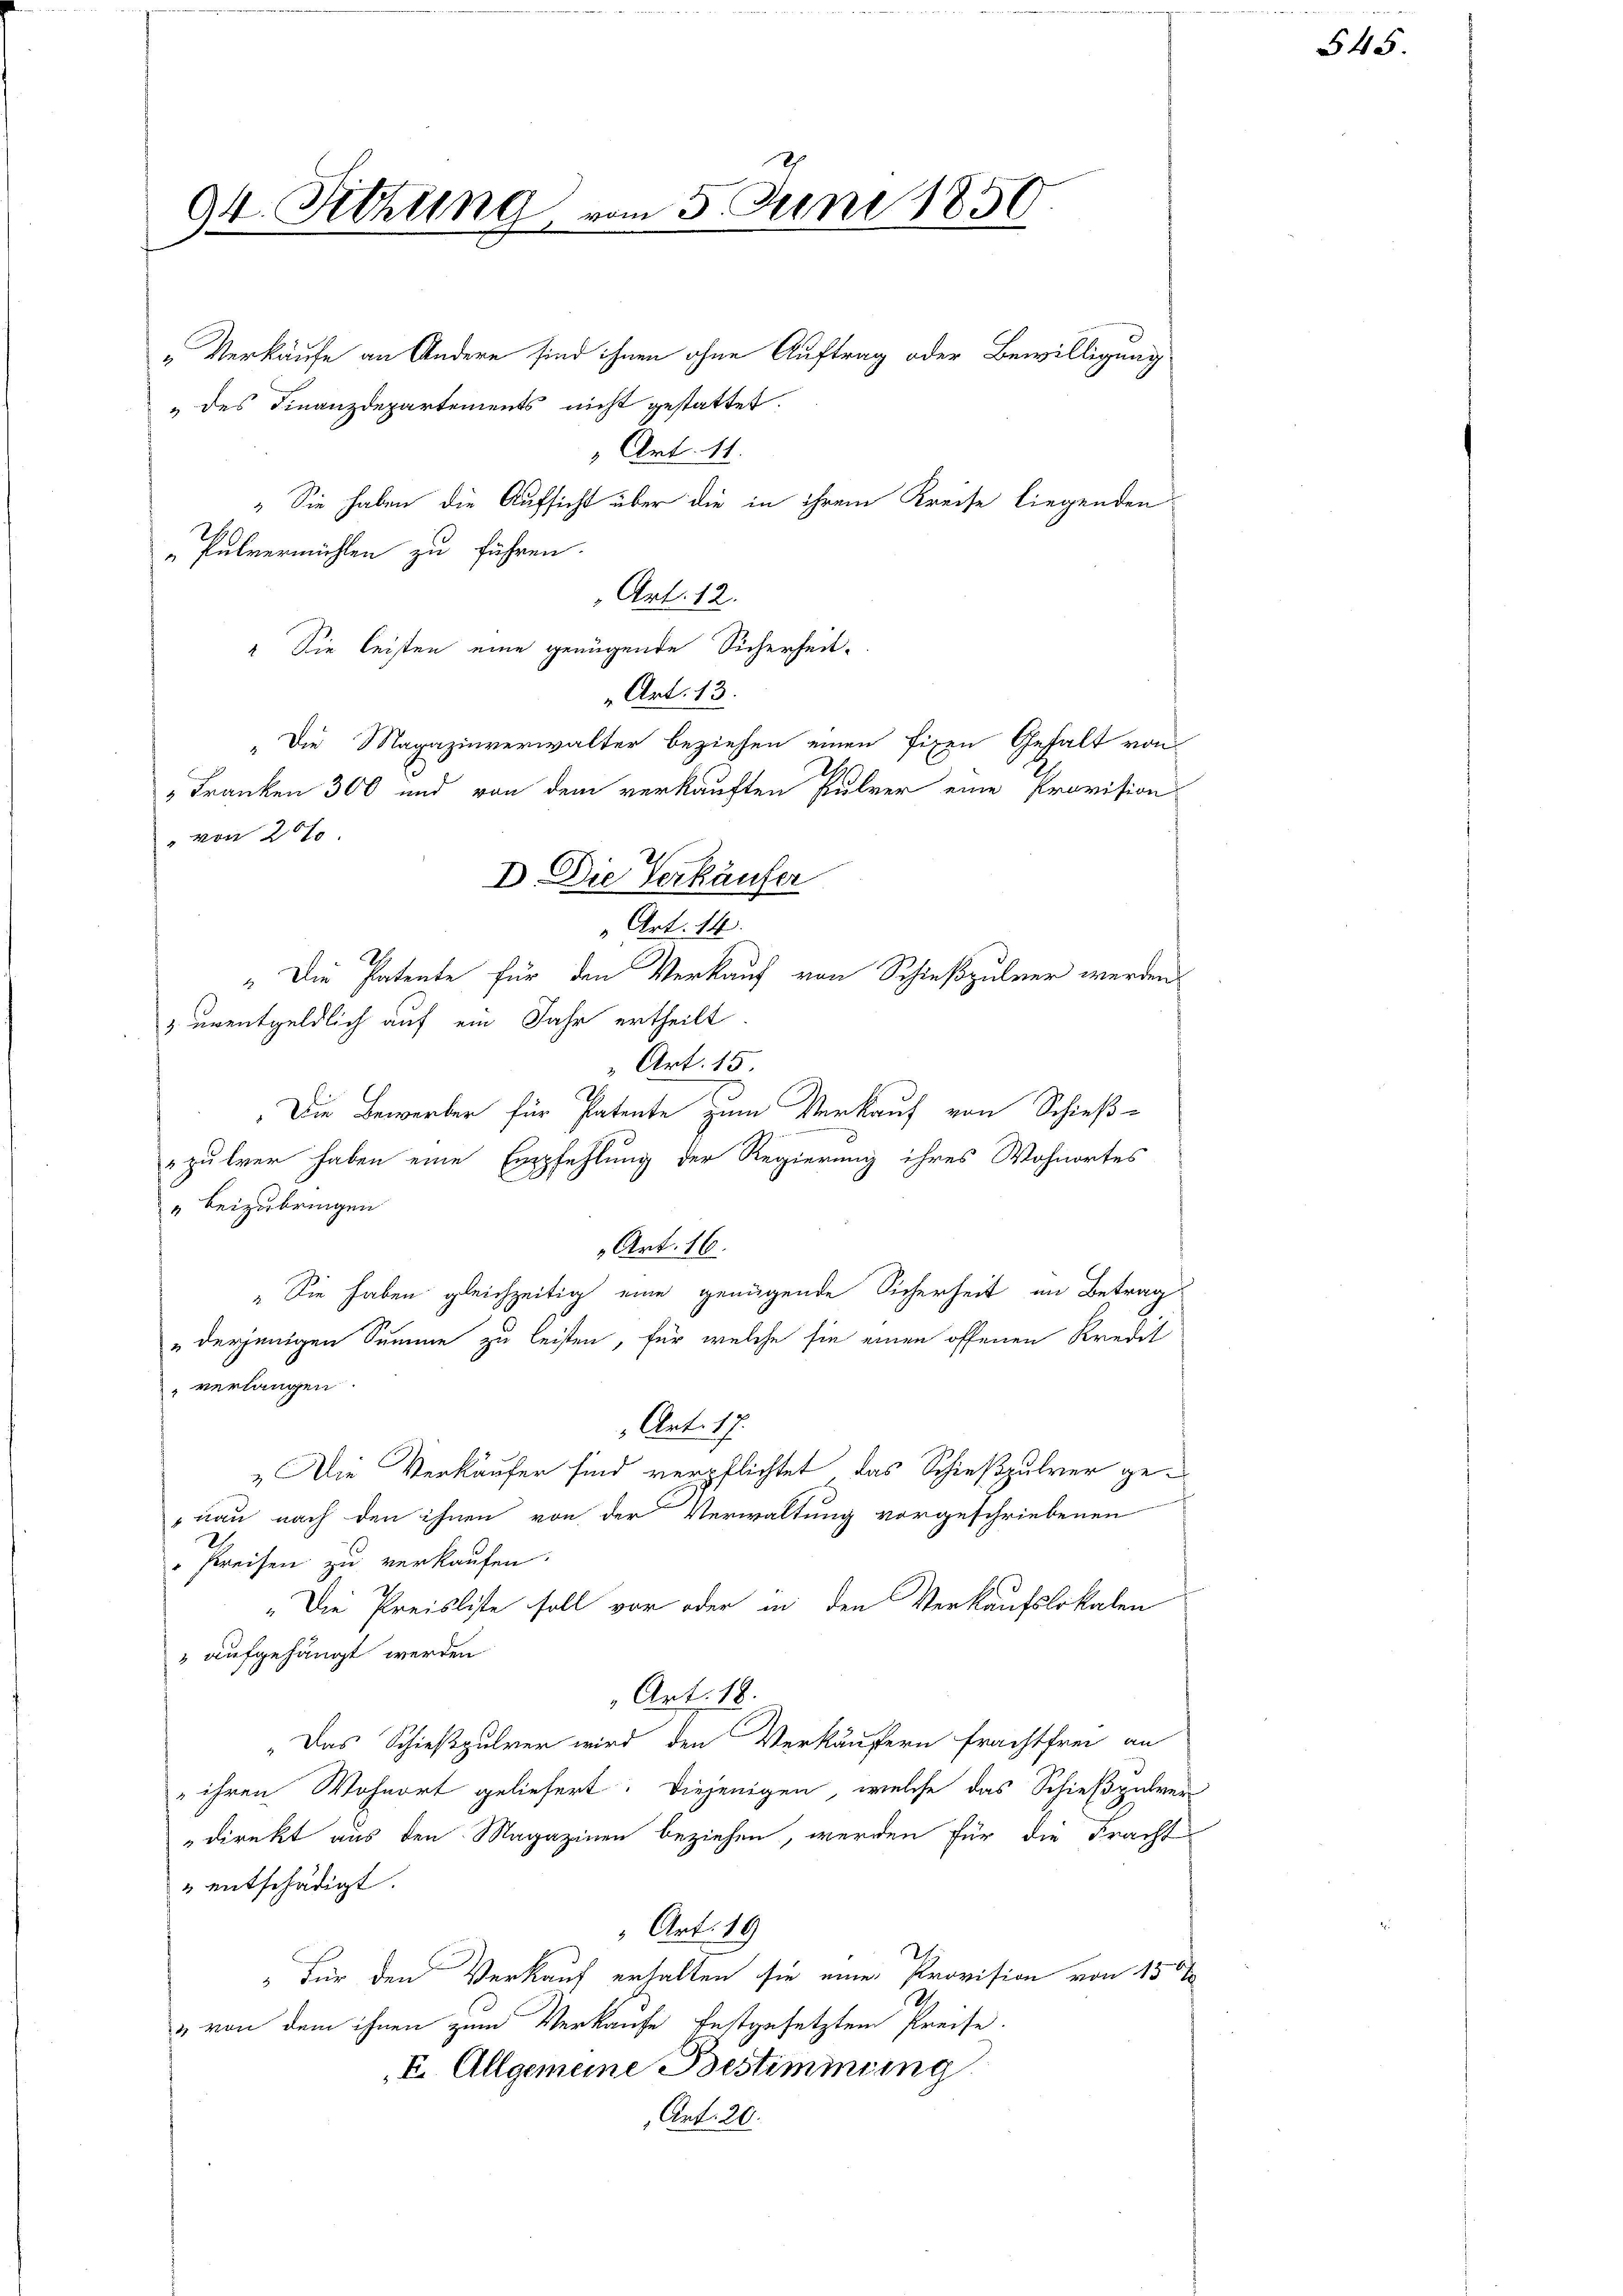
94. Sitzung

„Verkäufe an Andere sind ihnen ohne Auftrag oder Bewilligung
" des Finanzdepartements nicht gestattet.
" Art. 11.
" Sie haben die Aufsicht über die in ihrem Kreise liegenden
"Pulvermühlen zu führen.
Art. 12.
" Sie leisten eine genügende Sicherheit-
Art. 13.
„Die Magazinverwalter beziehen einen fixen Gehalt von
„Franken 300 und von dem verkauften Pulver eine Provision
„Die Patente für den Verkauf von Schießpulver werden
 unentgeldlich auf ein Jahr ertheilt
 Art. 15.
Die Bewerber für Patente zum Verkauf von Schieß-
pulver haben eine Empfehlung der Regierung ihres Wohnortes
" beizubringen
Art. 16.
" Sie haben gleichzeitig eine genügende Sicherheit im Betrag
" derjenigen Summe zu leisten, für welche sie einen offenen Kredit
verlangen.
Art. 17.
„Die Verkäufer sind verpflichtet, das Schießpulver genau nach den ihnen von der Verwaltung vorgeschriebenen
Preisen zu verkaufen.
„Die Preisliste soll vor oder in den Verkaufslokalen
 aufgehängt werden
Art. 18.
„Das Schießpulver wird den Verkäufern Frachtfrei an
 ihren Wohnort geliefert. Diejenigen, welche das Schießpulver-
direkt aus den Magazinen beziehen, werden für die Fracht
2 entschädigt.
Art. 19
"Für den Verkauf erhalten sie eine Provision von 150
„von dem ihnen zum Verkaufe festgesetztem Preise.
I. Allgemeine Bestimmung
Ant. 20.

von 20 f

D. Die Verkäufer
" Art. 14.

m 5. Juni 1850

545